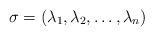
LaTeX: \begin{align*}\sigma =\left( \lambda _{1},\lambda _{2},\ldots ,\lambda _{n}\right)\end{align*}